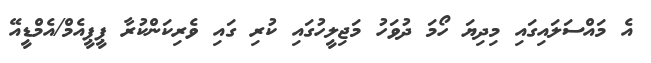
އެ މައްސަލައިގައި މިދިޔަ ހޯމަ ދުވަހު މަޖިލީހުގައި ކުރި ގައި ވެރިކަންކުރާ ޕީޕީއެމް/އެމްޑީއޭ